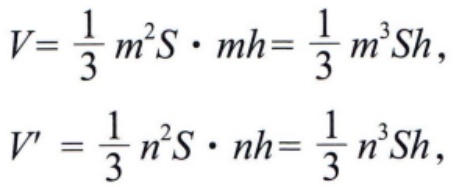
\[
V = \frac{1}{3}m^{2}S\cdot mh=\frac{1}{3}m^{3}Sh,
\]
\[
V'=\frac{1}{3}n^{2}S\cdot nh=\frac{1}{3}n^{3}Sh,
\]